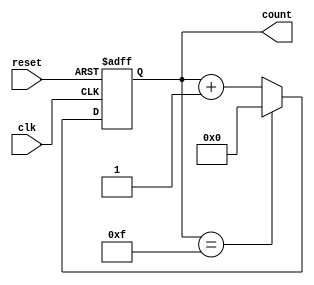
module BinaryCounter (
    input wire clk,
    input wire reset,
    output reg [3:0] count
);

always @(posedge clk or posedge reset) begin
    if (reset) begin
        count <= 4'b0000;
    end else begin
        if (count == 4'b1111) begin
            count <= 4'b0000;
        end else begin
            count <= count + 1;
        end
    end
end

endmodule